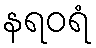
နရဝရံ